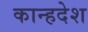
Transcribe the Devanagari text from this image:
कान्हदेश